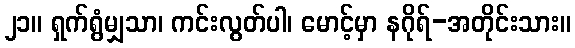
၂၁။ ရှက်ရွံမျှသာ၊ ကင်းလွတ်ပါ၊ မောင့်မှာ နဂိုရ်-အတိုင်းသား။